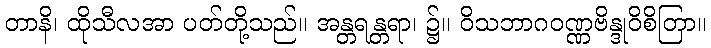
တာနိ၊ ထိုသီလအာ ပတ်တို့သည်။ အန္တရန္တရာ၊ ၌။ ဝိသဘာဂဝဏ္ဏဗိန္ဒုဝိစိတြာ။